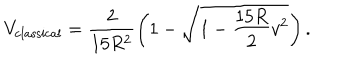
V _ { \mathrm { c l a s s i c a l } } = \frac { 2 } { 1 5 R ^ { 2 } } \left( 1 - \sqrt { 1 - \frac { 1 5 R } { 2 } v ^ { 2 } } \right) .